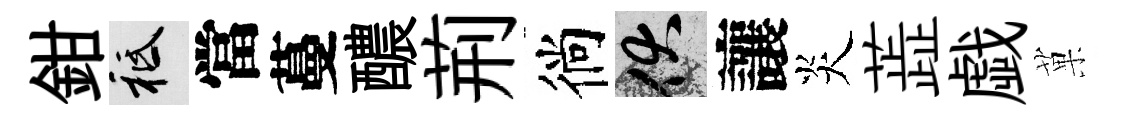
鉗祇當蔓醲荊徜伏讓炎蕋戯菓